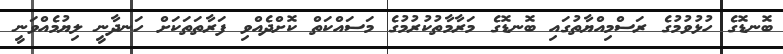
ބޮނޑޮގެ ހުޅުވުމުގެ ރަސްމިއްޔާތުގައި ބޮނޑޮގެ މަރާމާތުކުރުމުގެ މަސައްކަތް ކޮށްދެއްވި ފަރާތަތަކަށް ހަނދާނީ ލިޔުމެއްވަނީ